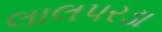
લાલપરડા